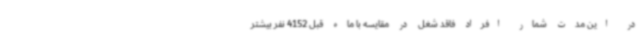
در این مدت شمار افراد فاقد شغل در مقایسه با ماه قبل 4152 نفر بیشتر